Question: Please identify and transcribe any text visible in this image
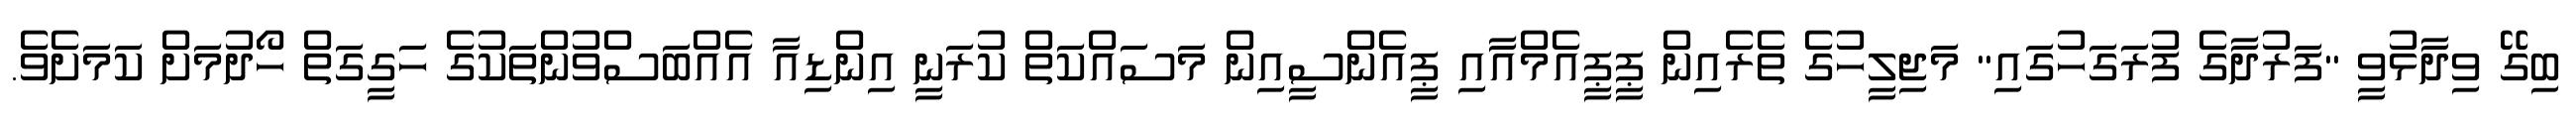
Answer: ބިގޭ ވިދާޅުވީ "ފަރުދާގެ ފުރަގަހުގައި" މަޖިލީހުގެ ތެރެއިން ޕީޕީއެމްއާއި ޕީއެންސީއިން މަސައްކަތް ކުރަނީ އިންޑިއާ އެއްބަސްވުންތަކުގެ ހަގީގަތް ހޯދުމަށް ކަމަށެވެ.